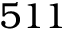
5 1 1